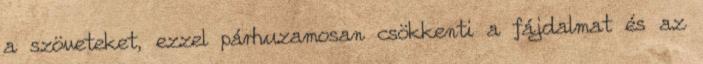
a szöveteket, ezzel párhuzamosan csökkenti a fájdalmat és az